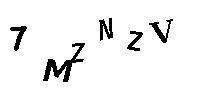
7MZNZV